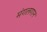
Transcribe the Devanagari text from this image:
मंगलगान